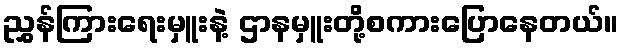
ညွှန်ကြားရေးမှူးနဲ့ ဌာနမှူးတို့စကားပြောနေတယ်။